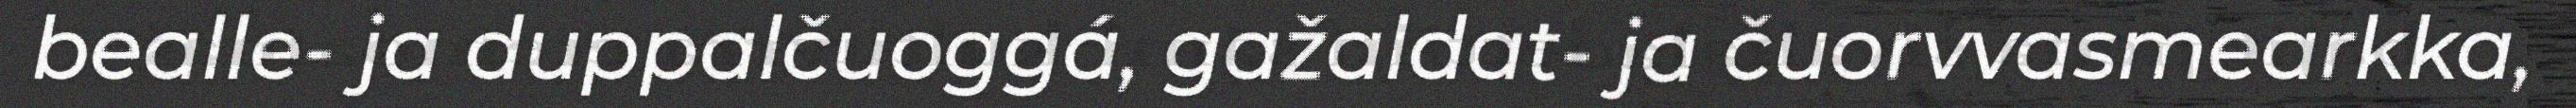
bealle- ja duppalčuoggá, gažaldat- ja čuorvvasmearkka,